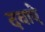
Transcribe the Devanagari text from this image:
दवाऐ